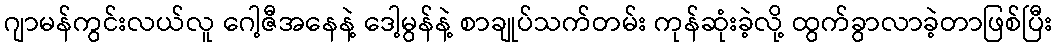
ဂျာမန်ကွင်းလယ်လူ ဂေါ့ဇီအနေနဲ့ ဒေါ့မွန်နဲ့ စာချုပ်သက်တမ်း ကုန်ဆုံးခဲ့လို့ ထွက်ခွာလာခဲ့တာဖြစ်ပြီး